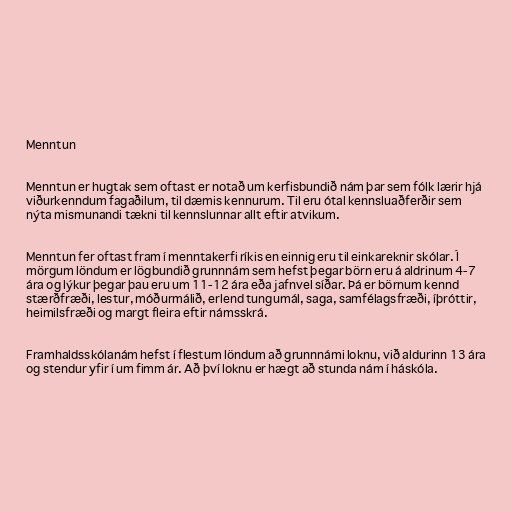
Menntun

Menntun er hugtak sem oftast er notað um kerfisbundið nám þar sem fólk lærir hjá
viðurkenndum fagaðilum, til dæmis kennurum. Til eru ótal kennsluaðferðir sem
nýta mismunandi tækni til kennslunnar allt eftir atvikum.

Menntun fer oftast fram í menntakerfi ríkis en einnig eru til einkareknir skólar. Í
mörgum löndum er lögbundið grunnnám sem hefst þegar börn eru á aldrinum 4-7
ára og lýkur þegar þau eru um 11-12 ára eða jafnvel síðar. Þá er börnum kennd
stærðfræði, lestur, móðurmálið, erlend tungumál, saga, samfélagsfræði, íþróttir,
heimilsfræði og margt fleira eftir námsskrá.

Framhaldsskólanám hefst í flestum löndum að grunnnámi loknu, við aldurinn 13 ára
og stendur yfir í um fimm ár. Að því loknu er hægt að stunda nám í háskóla.